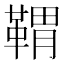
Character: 𩋤